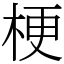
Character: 梗